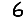
Digit: 6